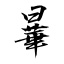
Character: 曅